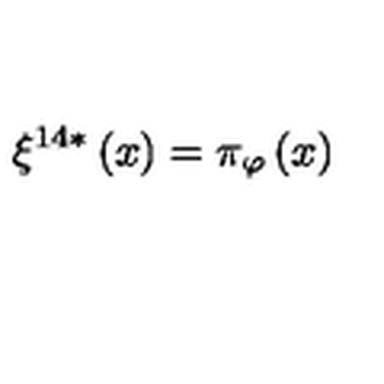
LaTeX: \xi ^ { 1 4 \ast } \left( x \right) = \pi _ { \varphi } \left( x \right)